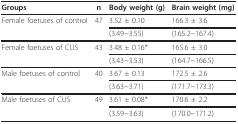
<table><thead><tr><td><b>Groups</b></td><td><b>n</b></td><td><b>Body weight (g)</b></td><td><b>Brain weight (mg)</b></td></tr></thead><tbody><tr><td>Female foetuses of control</td><td>47</td><td>3.52 ± 0.10</td><td>166.3 ± 3.6</td></tr><tr><td></td><td></td><td>(3.49~3.55)</td><td>(165.2~167.4)</td></tr><tr><td>Female foetuses of CUS</td><td>43</td><td>3.48 ± 0.16*</td><td>165.6 ± 3.0</td></tr><tr><td></td><td></td><td>(3.43~3.53)</td><td>(164.7~166.5)</td></tr><tr><td>Male foetuses of control</td><td>40</td><td>3.67 ± 0.13</td><td>172.5 ± 2.6</td></tr><tr><td></td><td></td><td>(3.63~3.71)</td><td>(171.7~173.3)</td></tr><tr><td>Male foetuses of CUS</td><td>49</td><td>3.61 ± 0.08*</td><td>170.6 ± 2.2</td></tr><tr><td></td><td></td><td>(3.59~3.63)</td><td>(170.0~171.2)</td></tr></tbody></table>